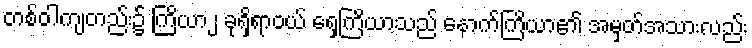
တစ်ဝါကျတည်း၌ ကြိယာ၂ ခုရှိရာဝယ် ရှေ့ကြိယာသည် နောက်ကြိယာ၏ အမှတ်အသားလည်း